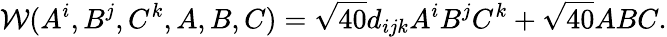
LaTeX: {\cal W}(A^{i},B^{j},C^{k},A,B,C)=\sqrt{40}d_{ijk}A^{i}B^{j}C^{k}+\sqrt{40}ABC.